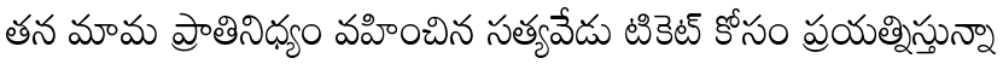
తన మామ ప్రాతినిధ్యం వహించిన సత్యవేడు టికెట్ కోసం ప్రయత్నిస్తున్నా